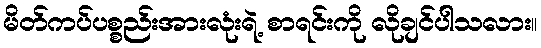
မိတ်ကပ်ပစ္စည်းအားလုံးရဲ့ စာရင်းကို လိုချင်ပါသလား။